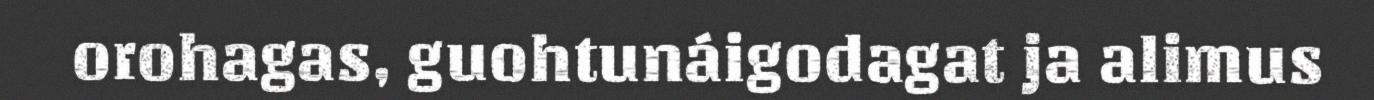
orohagas, guohtunáigodagat ja alimus